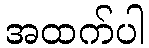
အထက်ပါ